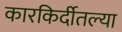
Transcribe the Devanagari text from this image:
कारकिर्दीतल्या